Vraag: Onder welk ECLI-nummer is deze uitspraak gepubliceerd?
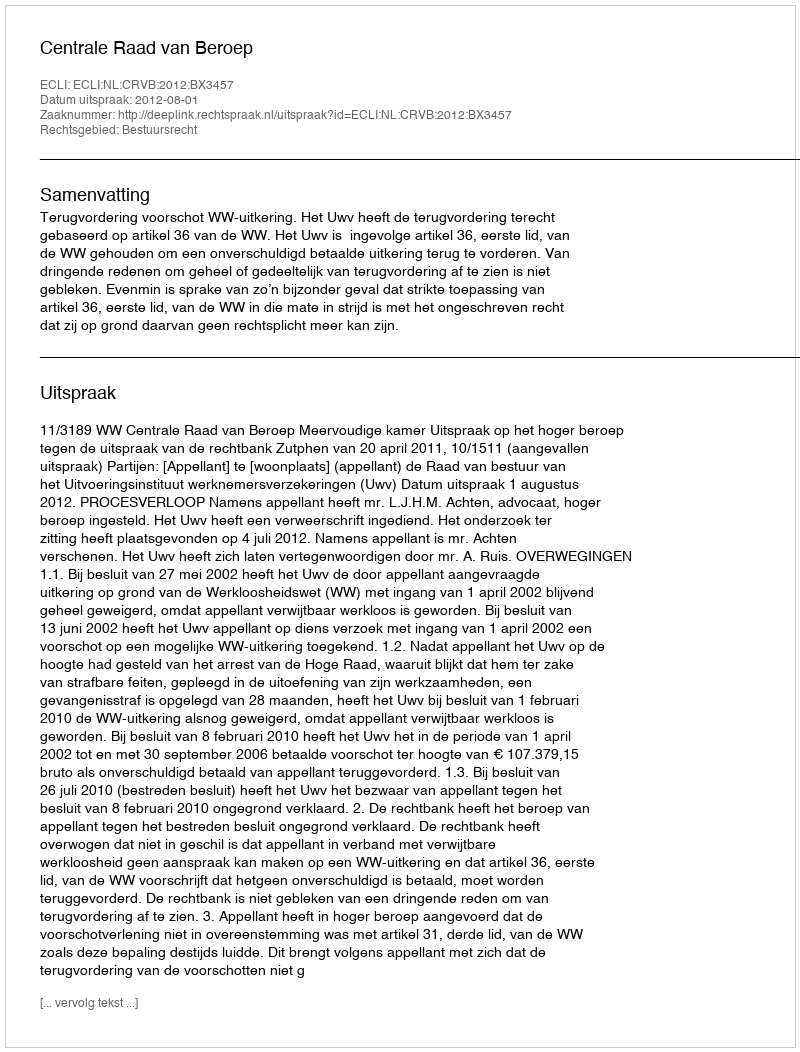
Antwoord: ECLI:NL:CRVB:2012:BX3457